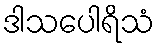
ဒါသပေါရိသံ